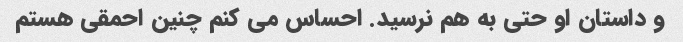
و داستان او حتی به هم نرسید. احساس می کنم چنین احمقی هستم